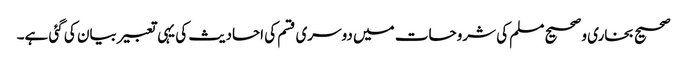
صحیح بخاری و صحیح مسلم کی شروحات میں دوسری قسم کی احادیث کی یہی تعبیر بیان کی گئی ہے۔